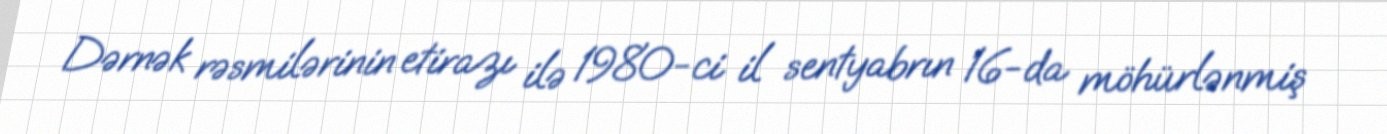
Dərnək rəsmilərinin etirazı ilə 1980-ci il sentyabrın 16-da möhürlənmiş